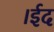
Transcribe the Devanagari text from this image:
।ईद